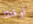
لوقتك